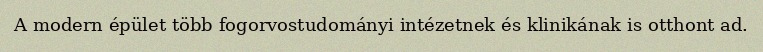
A modern épület több fogorvostudományi intézetnek és klinikának is otthont ad.